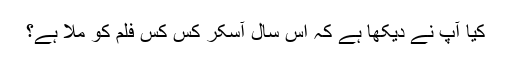
کیا آپ نے دیکھا ہے کہ اس سال آسکر کس کس فلم کو ملا ہے؟